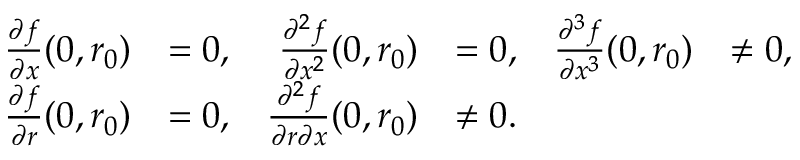
{ \begin{array} { r l r l r l } { { \frac { \partial f } { \partial x } } ( 0 , r _ { 0 } ) } & { = 0 , } & { { \frac { \partial ^ { 2 } f } { \partial x ^ { 2 } } } ( 0 , r _ { 0 } ) } & { = 0 , } & { { \frac { \partial ^ { 3 } f } { \partial x ^ { 3 } } } ( 0 , r _ { 0 } ) } & { \neq 0 , } \\ { { \frac { \partial f } { \partial r } } ( 0 , r _ { 0 } ) } & { = 0 , } & { { \frac { \partial ^ { 2 } f } { \partial r \partial x } } ( 0 , r _ { 0 } ) } & { \neq 0 . } \end{array} }